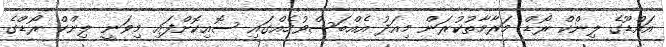
އައްޑޫގެ ލިންކް ރޯޑް މަރާމާތުކުރަން މިއަދު އެއްބަސްވުމެއްގައި ސޮއިކޮށްފައި މިވަނީ ލިންކް ރޯޑްގެ